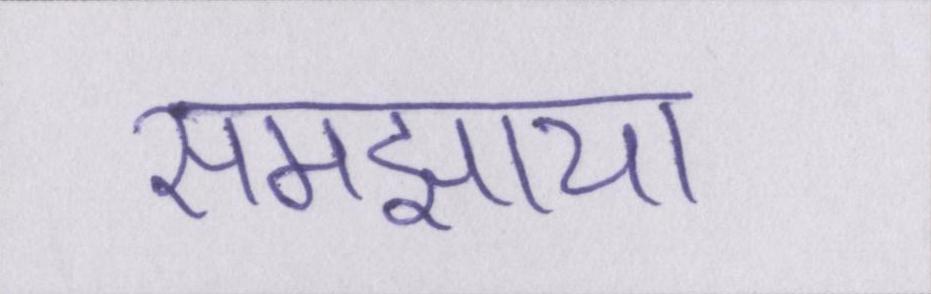
समझाया